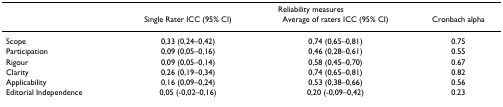
<table><thead><tr><td></td><td colspan="3"><b>Reliability measures</b></td></tr><tr><td></td><td><b>Single Rater ICC (95% CI)</b></td><td><b>Average of raters ICC (95% CI)</b></td><td><b>Cronbach alpha</b></td></tr></thead><tbody><tr><td>Scope</td><td>0,33 (0,24–0,42)</td><td>0,74 (0,65–0,81)</td><td>0.75</td></tr><tr><td>Participation</td><td>0,09 (0,05–0,16)</td><td>0,46 (0,28–0,61)</td><td>0.55</td></tr><tr><td>Rigour</td><td>0,09 (0,05–0,14)</td><td>0,58 (0,45–0,70)</td><td>0.67</td></tr><tr><td>Clarity</td><td>0,26 (0,19–0,34)</td><td>0,74 (0,65–0,81)</td><td>0.82</td></tr><tr><td>Applicability</td><td>0,16 (0,09–0,24)</td><td>0,53 (0,38–0,66)</td><td>0.56</td></tr><tr><td>Editorial Independence</td><td>0,05 (-0,02–0,16)</td><td>0,20 (-0,09–0,42)</td><td>0.23</td></tr></tbody></table>